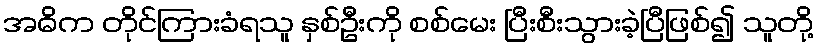
အဓိက တိုင်ကြားခံရသူ နှစ်ဦးကို စစ်မေး ပြီးစီးသွားခဲ့ပြီဖြစ်၍ သူတို့